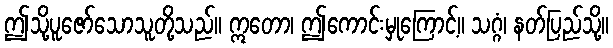
ဤသို့ပူဇော်သောသူတို့သည်။ ဣတော၊ ဤကောင်းမှုကြောင့်။ သဂ္ဂံ၊ နတ်ပြည်သို့။